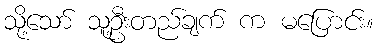
သို့သော် သူ့ဦးတည်ချက် က မပြောင်း။